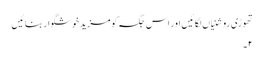
تھوڑی روشنیاں لگائیں اور اس جگہ کو مزید خوشگوار بنائیں
۲۔